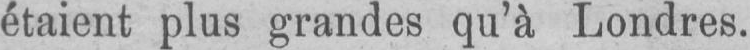
étaient plus grandes qu’à Londres.